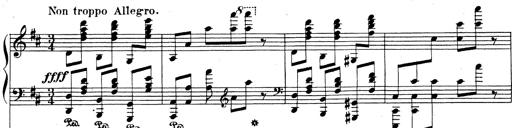
Title: Rhapsodie espagnole
Composer: Franz Liszt